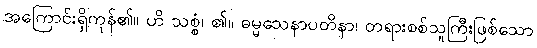
အကြောင်းရှိကုန်၏။ ဟိ သစ္စံ၊ ၏။ ဓမ္မသေနာပတိနာ၊ တရားစစ်သူကြီးဖြစ်သော